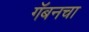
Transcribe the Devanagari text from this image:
गॅबनचा